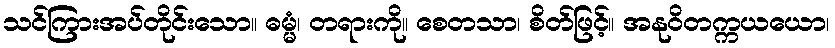
သင်ကြားအပ်တိုင်းသော။ ဓမ္မံ၊ တရားကို။ စေတသာ၊ စိတ်ဖြင့်။ အနုဝိတက္ကယယော၊